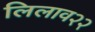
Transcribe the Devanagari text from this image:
लिलाव२२